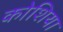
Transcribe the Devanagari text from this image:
कोशिया